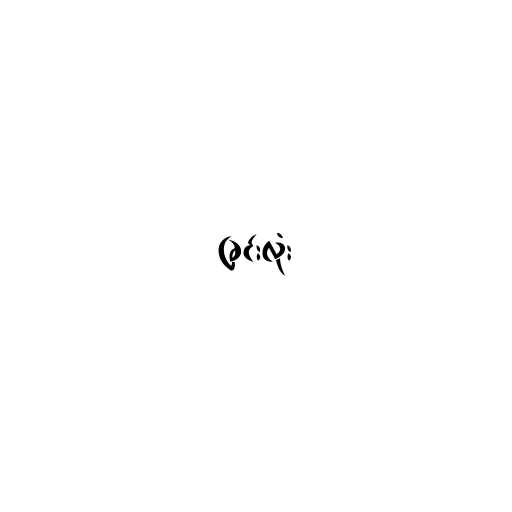
ခြင်းလုံး